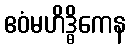
ဧဝံမဟိဒ္ဓိကေန